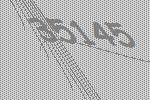
35145